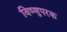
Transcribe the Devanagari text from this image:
विष्णुपरक